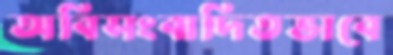
অবিসংবাদিতভাবে